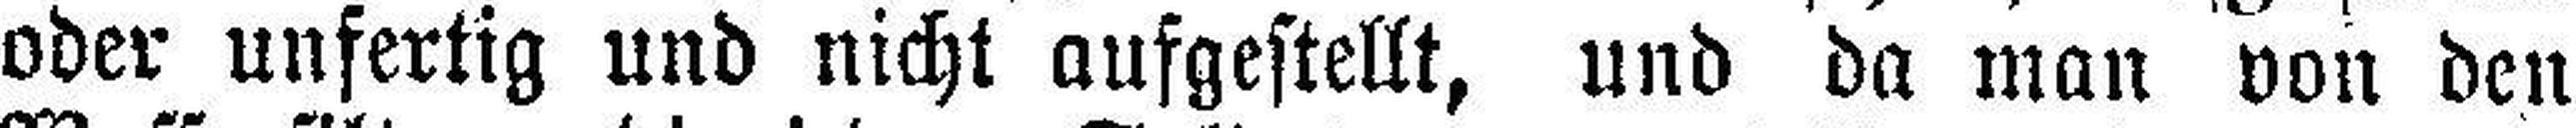
oder unfertig und nicht aufgestellt, und da man von den